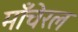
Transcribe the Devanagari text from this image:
माँचेरल